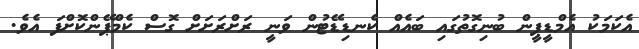
އެކަމަކު އެމްޑީޕީން ބުނިގޮތުގައި ބައެއް ކެނޑިޑޭޓުން ވަނީ ރަށްރަށަށް ގޮސް ކެމްޕޭންކޮށްފަ އެވެ.